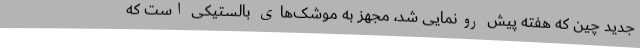
جدید چین که هفته پیش رونمایی شد، مجهز به موشک‌های بالستیکی است که